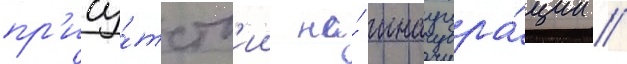
пр'ису́тств'ии на́ инаугура́ции //